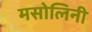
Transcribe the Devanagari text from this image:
मसोलिनी